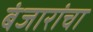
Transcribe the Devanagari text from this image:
बंजारांचा